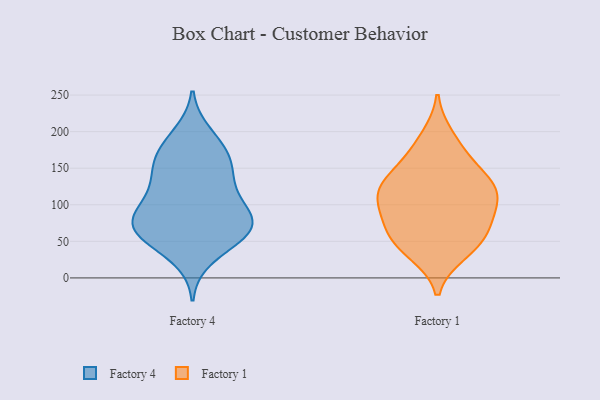
{"axis": {"x": "Website Visitors", "y": "Value"}, "legend": ["Factory 1", "Factory 4"], "data": [{"x": "", "y": 197, "type": "Factory 4"}, {"x": "", "y": 74, "type": "Factory 4"}, {"x": "", "y": 114, "type": "Factory 4"}, {"x": "", "y": 115, "type": "Factory 4"}, {"x": "", "y": 72, "type": "Factory 4"}, {"x": "", "y": 150, "type": "Factory 4"}, {"x": "", "y": 90, "type": "Factory 4"}, {"x": "", "y": 98, "type": "Factory 4"}, {"x": "", "y": 186, "type": "Factory 4"}, {"x": "", "y": 69, "type": "Factory 4"}, {"x": "", "y": 57, "type": "Factory 4"}, {"x": "", "y": 27, "type": "Factory 4"}, {"x": "", "y": 163, "type": "Factory 4"}, {"x": "", "y": 53, "type": "Factory 4"}, {"x": "", "y": 151, "type": "Factory 4"}, {"x": "", "y": 80, "type": "Factory 4"}, {"x": "", "y": 170, "type": "Factory 4"}, {"x": "", "y": 71, "type": "Factory 4"}, {"x": "", "y": 137, "type": "Factory 4"}, {"x": "", "y": 56, "type": "Factory 4"}, {"x": "", "y": 53, "type": "Factory 1"}, {"x": "", "y": 93, "type": "Factory 1"}, {"x": "", "y": 38, "type": "Factory 1"}, {"x": "", "y": 109, "type": "Factory 1"}, {"x": "", "y": 107, "type": "Factory 1"}, {"x": "", "y": 151, "type": "Factory 1"}, {"x": "", "y": 117, "type": "Factory 1"}, {"x": "", "y": 123, "type": "Factory 1"}, {"x": "", "y": 193, "type": "Factory 1"}, {"x": "", "y": 173, "type": "Factory 1"}, {"x": "", "y": 34, "type": "Factory 1"}, {"x": "", "y": 64, "type": "Factory 1"}, {"x": "", "y": 63, "type": "Factory 1"}, {"x": "", "y": 125, "type": "Factory 1"}, {"x": "", "y": 78, "type": "Factory 1"}, {"x": "", "y": 139, "type": "Factory 1"}]}